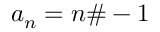
a _ { n } = n \# - 1